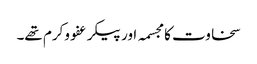
سخاوت کا مجسمہ اور پیکر عفو وکرم تھے۔